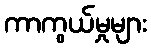
ကာကွယ်မှုများ